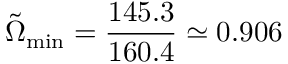
\Tilde { \Omega } _ { \mathrm { m i n } } = \frac { 1 4 5 . 3 } { 1 6 0 . 4 } \simeq 0 . 9 0 6